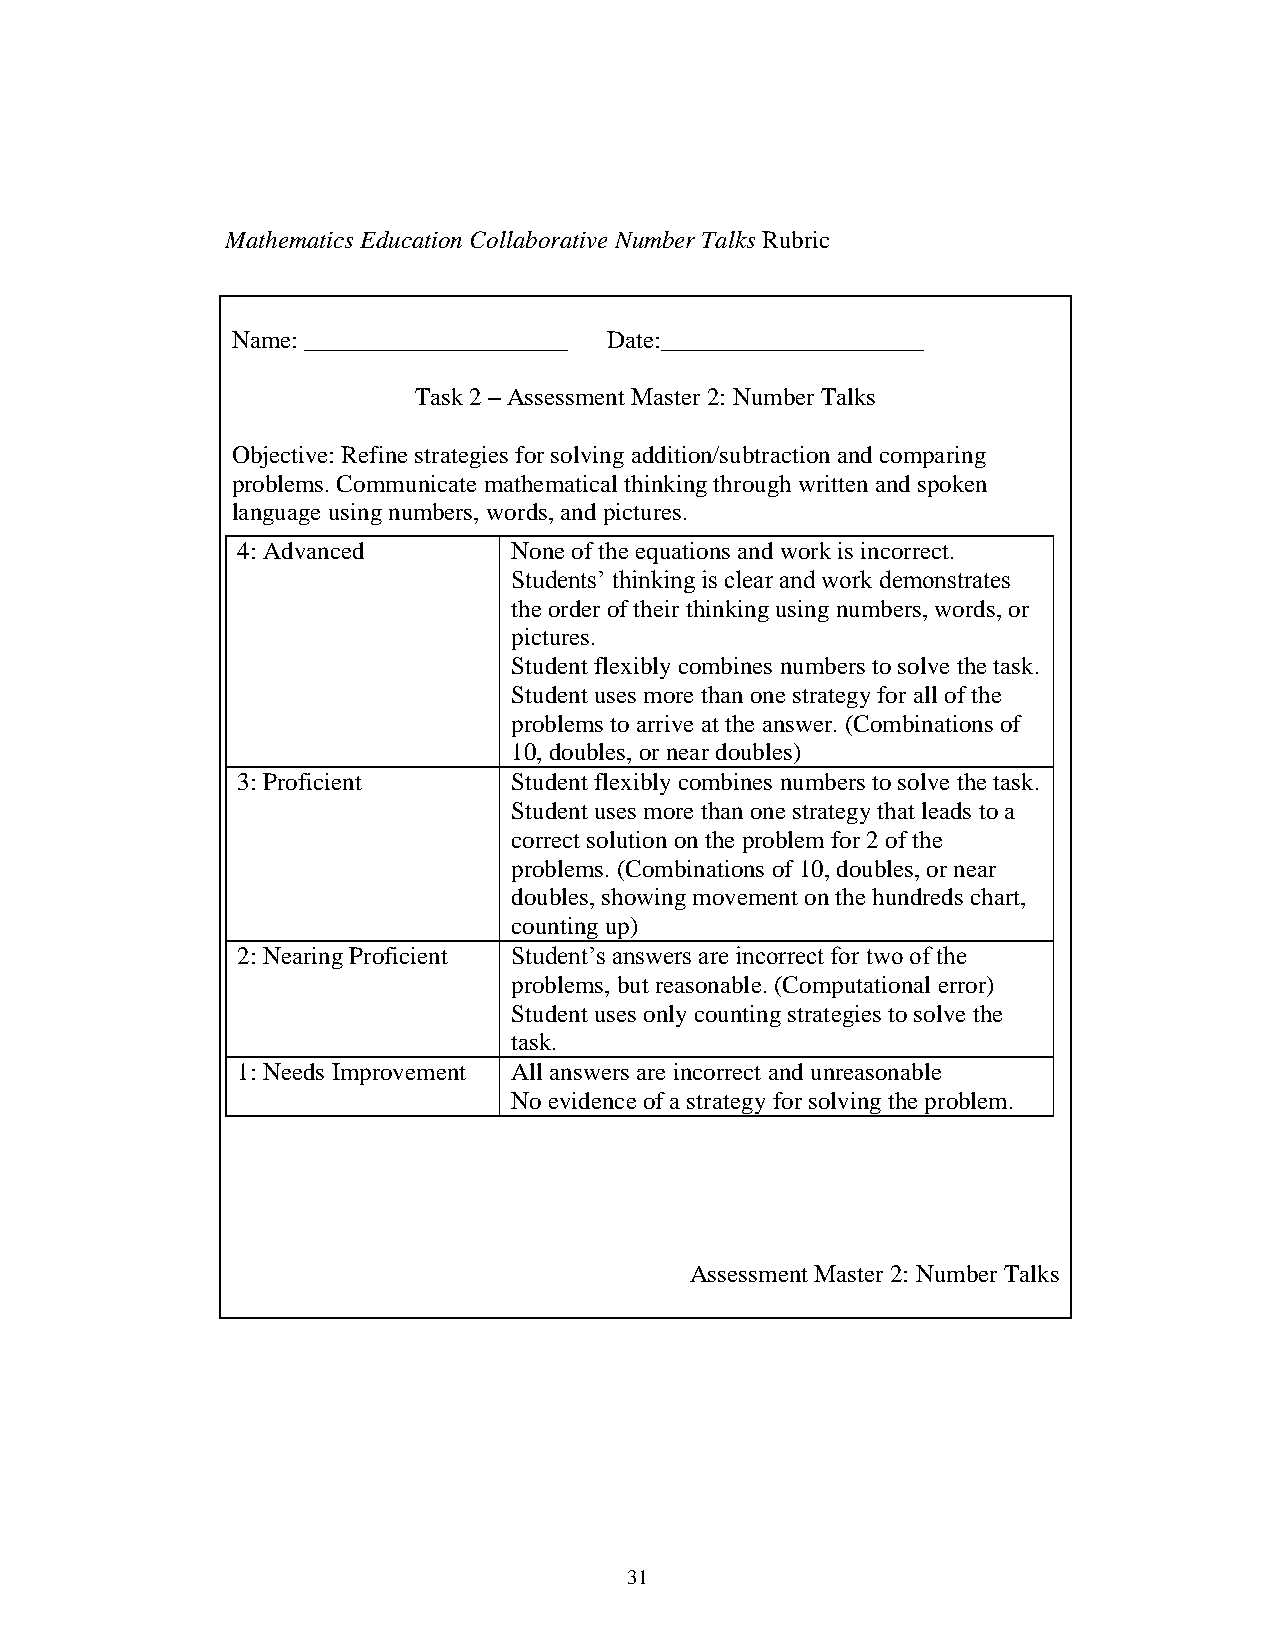
Mathematics Education Collaborative Number Talks Rubric
 Name: _____________________ Date:_____________________
 Task 2 – Assessment Master 2: Number Talks
 Objective: Refine strategies for solving addition/subtraction and comparing
 problems. Communicate mathematical thinking through written and spoken
 language using numbers, words, and pictures.
 4: Advanced       None of the equations and work is incorrect.
 Students’ thinking is clear and work demonstrates
 the order of their thinking using numbers, words, or
 pictures.
 Student flexibly combines numbers to solve the task.
 Student uses more than one strategy for all of the
 problems to arrive at the answer. (Combinations of
 10, doubles, or near doubles)
 3: Proficient     Student flexibly combines numbers to solve the task.
 Student uses more than one strategy that leads to a
 correct solution on the problem for 2 of the
 problems. (Combinations of 10, doubles, or near
 doubles, showing movement on the hundreds chart,
 counting up)
 2: Nearing Proficient Student’s answers are incorrect for two of the
 problems, but reasonable. (Computational error)
 Student uses only counting strategies to solve the
 task.
 1: Needs Improvement All answers are incorrect and unreasonable
 No evidence of a strategy for solving the problem.
 Assessment Master 2: Number Talks
 31